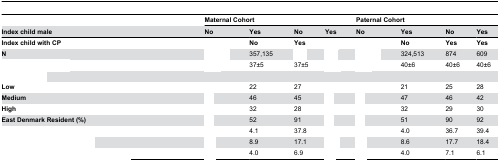
<table><thead><tr><td>[EMPTY_CELL]</td><td colspan="4"><b>Maternal Cohort</b></td><td colspan="4"><b>Paternal Cohort</b></td></tr><tr><td><b>Index child male</b></td><td><b>No</b></td><td><b>Yes</b></td><td><b>No</b></td><td><b>Yes</b></td><td><b>No</b></td><td><b>Yes</b></td><td><b>No</b></td><td><b>Yes</b></td></tr></thead><tbody><tr><td><b>Index child with CP</b></td><td>[EMPTY_CELL]</td><td><b>No</b></td><td><b>Yes</b></td><td>[EMPTY_CELL]</td><td>[EMPTY_CELL]</td><td><b>No</b></td><td><b>Yes</b></td><td><b>Yes</b></td></tr><tr><td><b>N</b></td><td>[EMPTY_CELL]</td><td>357,135</td><td>[EMPTY_CELL]</td><td>[EMPTY_CELL]</td><td>[EMPTY_CELL]</td><td>324,513</td><td>874</td><td>609</td></tr><tr><td>[EMPTY_CELL]</td><td>[EMPTY_CELL]</td><td>37±5</td><td>37±5</td><td>[EMPTY_CELL]</td><td>[EMPTY_CELL]</td><td>40±6</td><td>40±6</td><td>40±6</td></tr><tr><td>[EMPTY_CELL]</td><td>[EMPTY_CELL]</td><td>[EMPTY_CELL]</td><td>[EMPTY_CELL]</td><td>[EMPTY_CELL]</td><td>[EMPTY_CELL]</td><td>[EMPTY_CELL]</td><td>[EMPTY_CELL]</td><td>[EMPTY_CELL]</td></tr><tr><td><b>Low</b></td><td>[EMPTY_CELL]</td><td>22</td><td>27</td><td>[EMPTY_CELL]</td><td>[EMPTY_CELL]</td><td>21</td><td>25</td><td>28</td></tr><tr><td><b>Medium</b></td><td>[EMPTY_CELL]</td><td>46</td><td>45</td><td>[EMPTY_CELL]</td><td>[EMPTY_CELL]</td><td>47</td><td>46</td><td>42</td></tr><tr><td><b>High</b></td><td>[EMPTY_CELL]</td><td>32</td><td>28</td><td>[EMPTY_CELL]</td><td>[EMPTY_CELL]</td><td>32</td><td>29</td><td>30</td></tr><tr><td><b>East Denmark Resident (%)</b></td><td>[EMPTY_CELL]</td><td>52</td><td>91</td><td>[EMPTY_CELL]</td><td>[EMPTY_CELL]</td><td>51</td><td>90</td><td>92</td></tr><tr><td>[EMPTY_CELL]</td><td>[EMPTY_CELL]</td><td>4.1</td><td>37.8</td><td>[EMPTY_CELL]</td><td>[EMPTY_CELL]</td><td>4.0</td><td>36.7</td><td>39.4</td></tr><tr><td>[EMPTY_CELL]</td><td>[EMPTY_CELL]</td><td>8.9</td><td>17.1</td><td>[EMPTY_CELL]</td><td>[EMPTY_CELL]</td><td>8.6</td><td>17.7</td><td>18.4</td></tr><tr><td>[EMPTY_CELL]</td><td>[EMPTY_CELL]</td><td>4.0</td><td>6.9</td><td>[EMPTY_CELL]</td><td>[EMPTY_CELL]</td><td>4.0</td><td>7.1</td><td>6.1</td></tr></tbody></table>